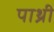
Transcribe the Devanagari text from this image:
पाथ्री